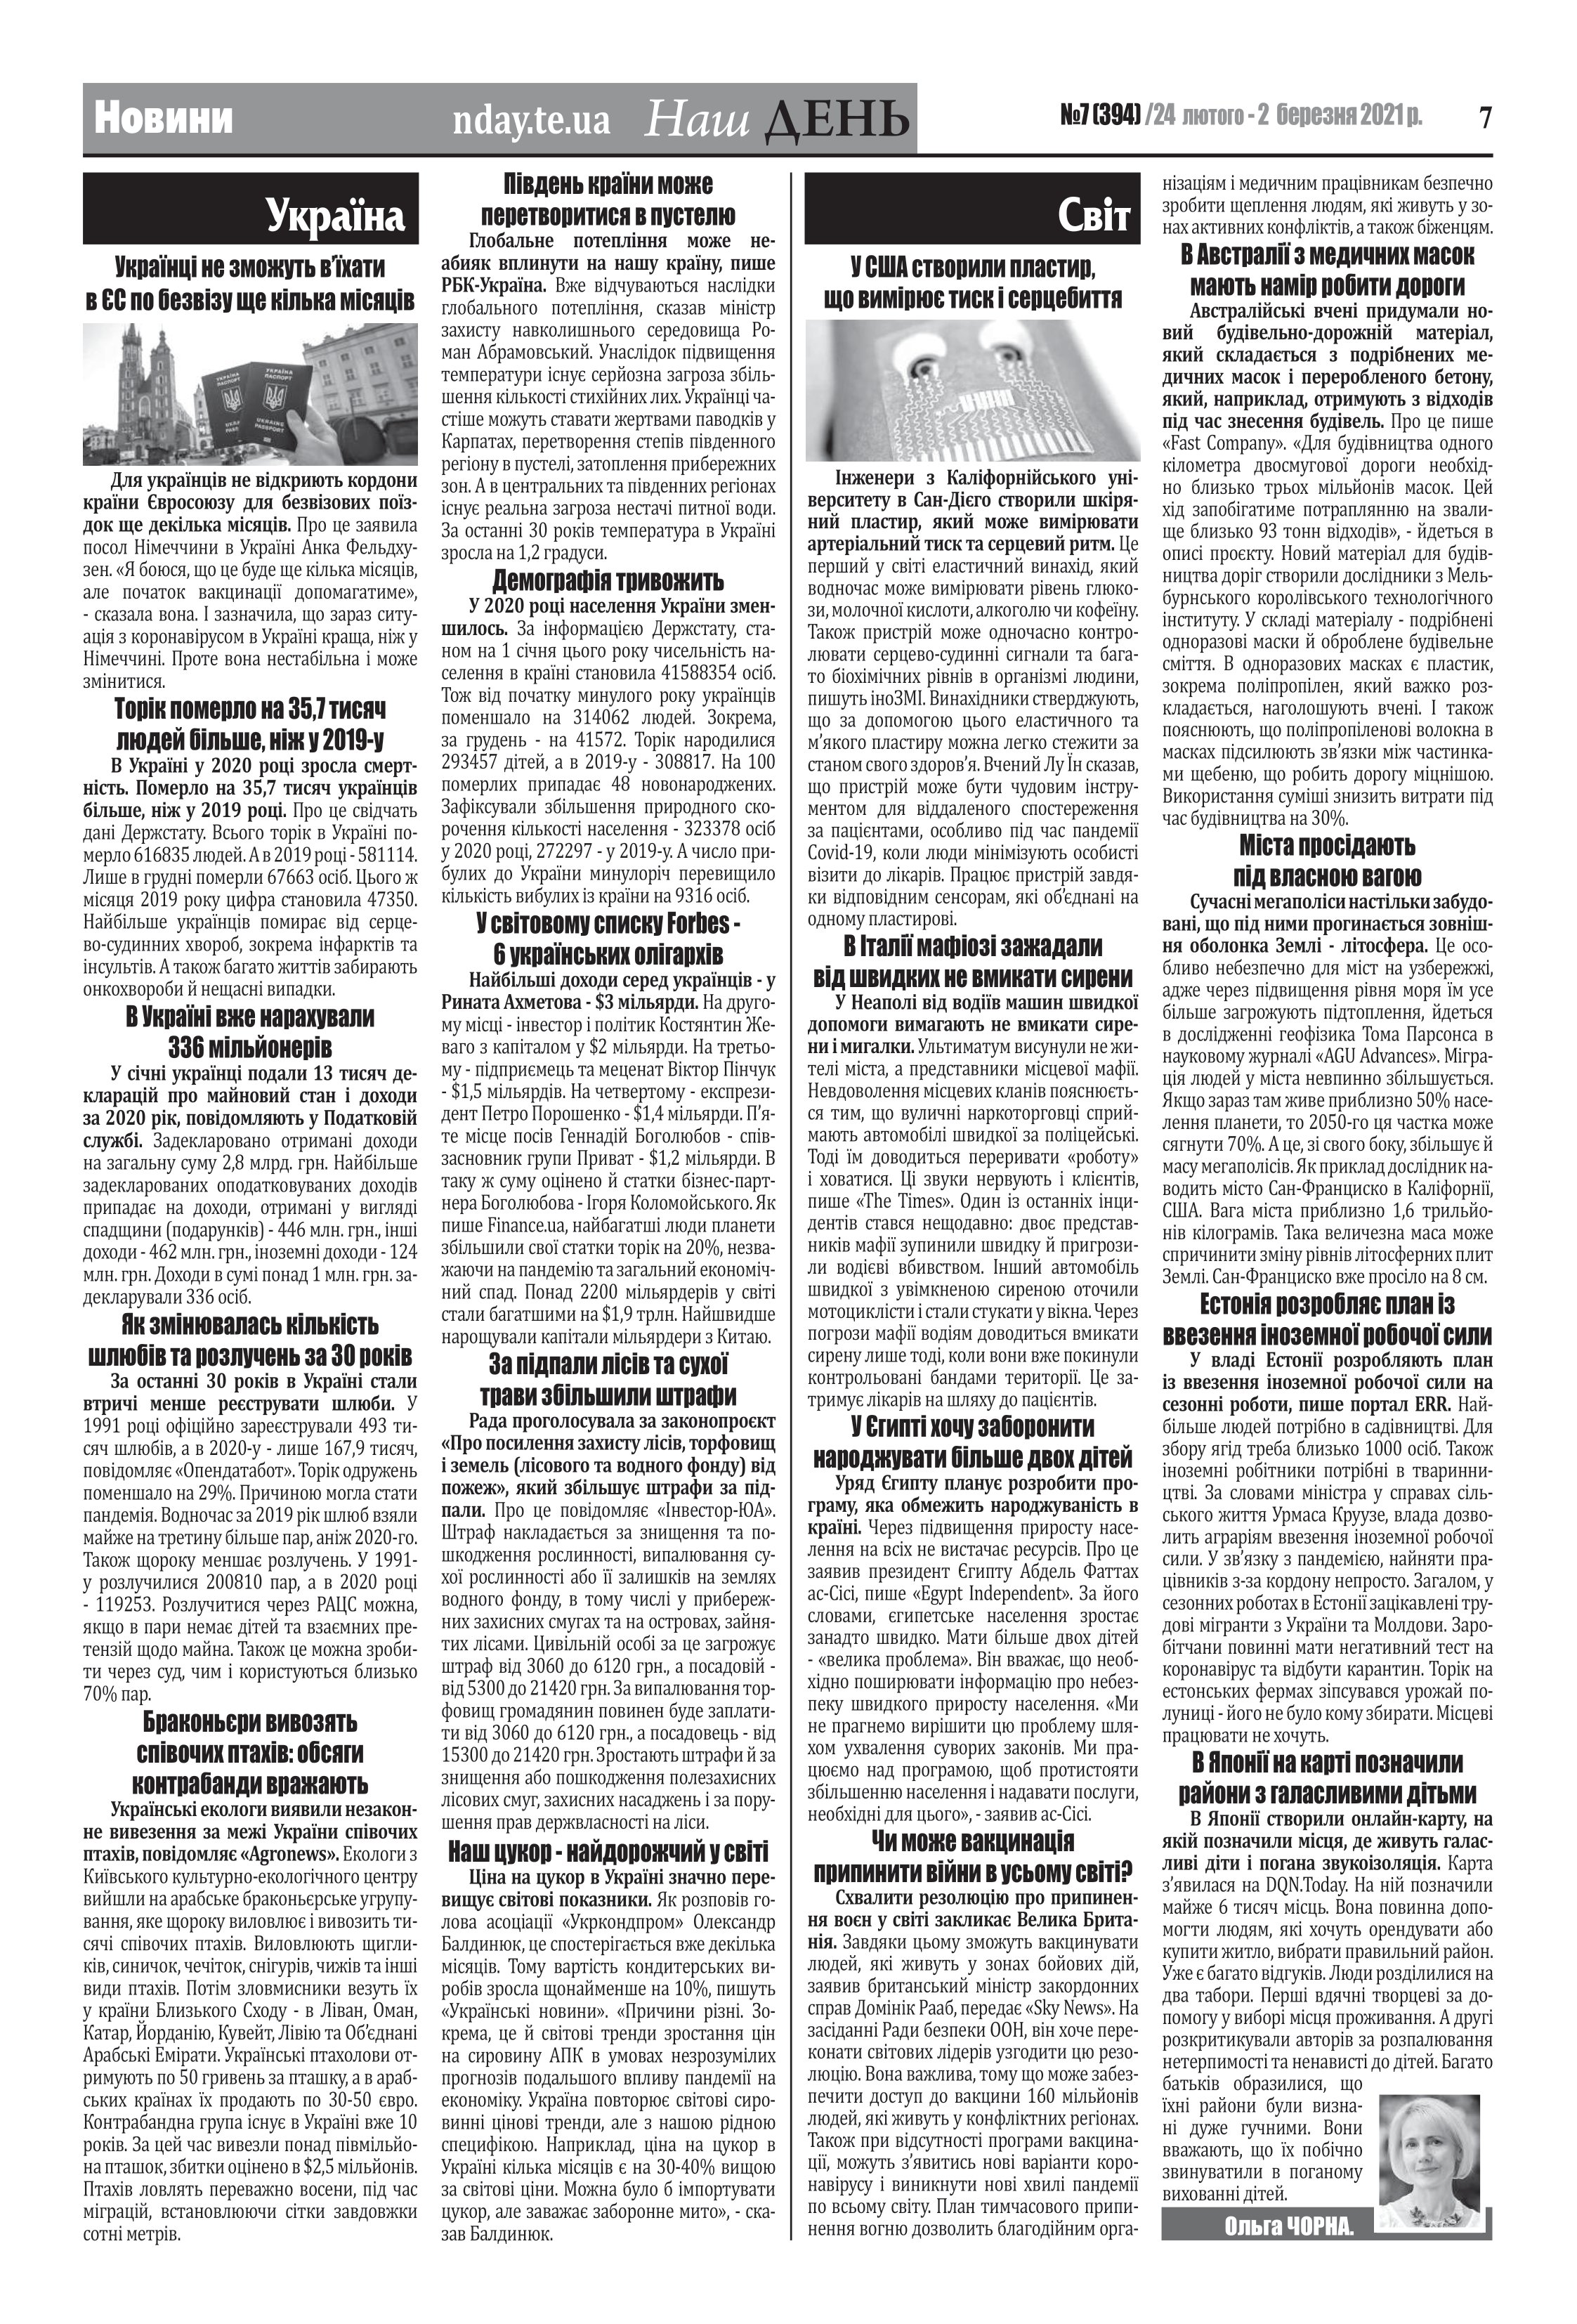
Language: uk